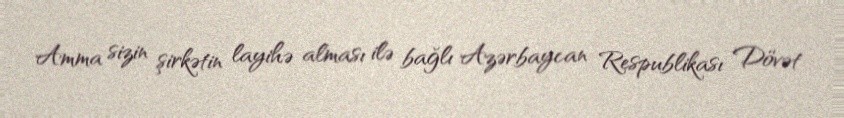
Amma sizin şirkətin layihə alması ilə bağlı Azərbaycan Respublikası Dövət